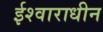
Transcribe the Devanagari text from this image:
ईश्वाराधीन